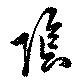
陰